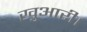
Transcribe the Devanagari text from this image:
खुआरी।